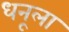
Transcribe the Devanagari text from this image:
धनूला